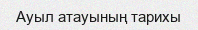
Ауыл атауының тарихы